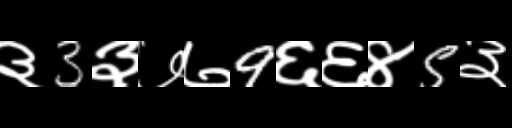
Text: ३3३७७9६६४5३